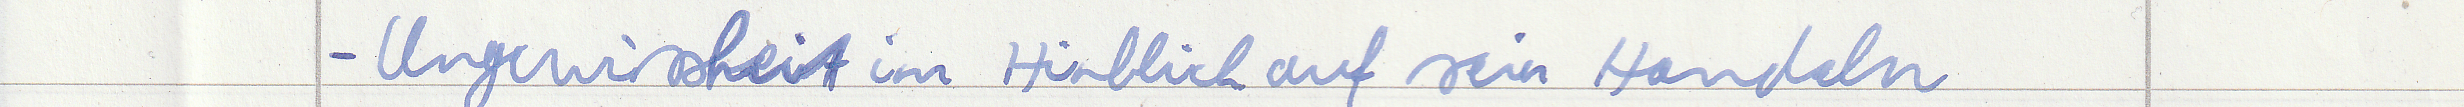
- Ungewissheit im Hinblick auf sein Handeln